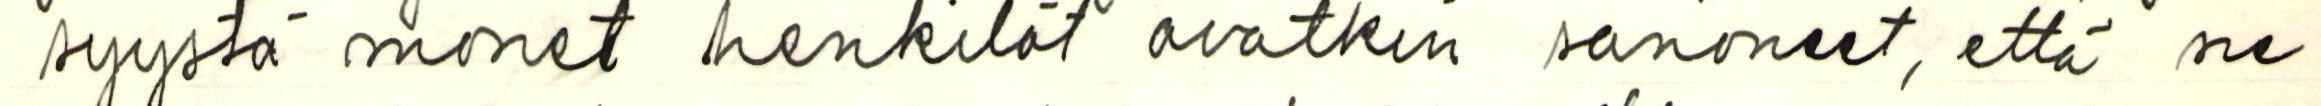
syystä monet henkilöt ovatkin sanoneet, että ne